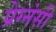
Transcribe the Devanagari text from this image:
प्रेग्नंसी